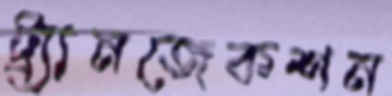
ট্র্যানজেকশন